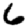
Digit: 6